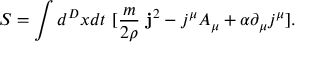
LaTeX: S = \int d ^ { D } x d t ~ [ \frac { m } { 2 \rho } ~ { \bf j } ^ { 2 } - j ^ { \mu } A _ { \mu } + \alpha \partial _ { \mu } j ^ { \mu } ] .